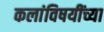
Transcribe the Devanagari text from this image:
कलांविषयींच्या